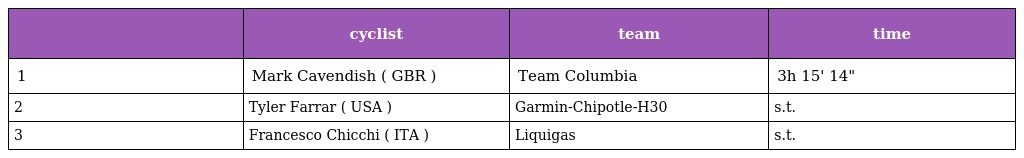
|  | cyclist | team | time |
 | --- | --- | --- | --- |
 | 1 | Mark Cavendish ( GBR ) | Team Columbia | 3h 15' 14" |
 | 2 | Tyler Farrar ( USA ) | Garmin-Chipotle-H30 | s.t. |
 | 3 | Francesco Chicchi ( ITA ) | Liquigas | s.t. |